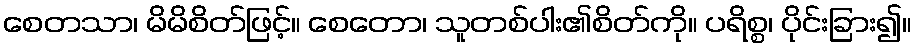
စေတသာ၊ မိမိစိတ်ဖြင့်။ စေတော၊ သူတစ်ပါး၏စိတ်ကို။ ပရိစ္စ၊ ပိုင်းခြား၍။